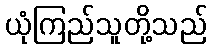
ယုံကြည်သူတို့သည်